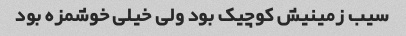
سیب زمینیش کوچیک بود ولی خیلی خوشمزه بود